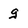
Character: g